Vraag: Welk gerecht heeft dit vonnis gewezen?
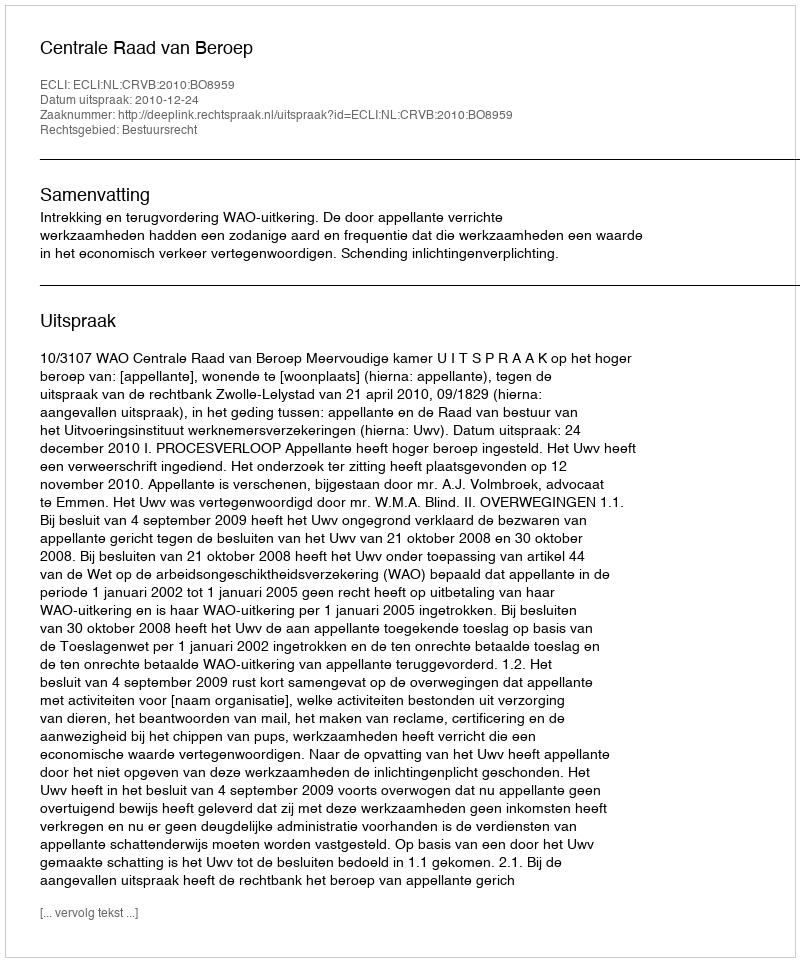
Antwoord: Centrale Raad van Beroep